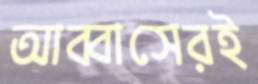
আব্বাসেরই